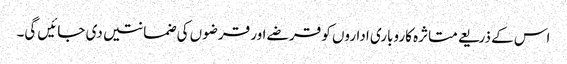
اس کے ذریعے متاثرہ کاروباری اداروں کو قرضے اور قرضوں کی ضمانتیں دی جائیں گی۔